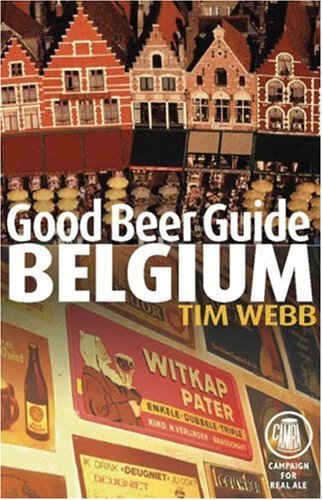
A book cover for Good Beer Guide to Belgium; Tim Webb; Travel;